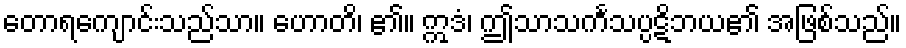
တောရကျောင်းသည်သာ။ ဟောတိ၊ ၏။ ဣဒံ၊ ဤသာသင်္ကသပ္ပဋိဘယ၏ အဖြစ်သည်။